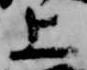
上